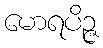
မောရပိဉ္ဇ